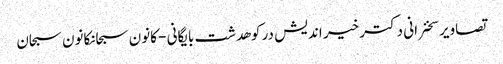
تصاویر سخنرانی دکتر خیر اندیش در کوهدشت بایگانی - کانون سبحانکانون سبحان